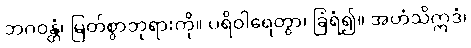
ဘဂဝန္တံ၊ မြတ်စွာဘုရားကို။ ပရိဝါရေတွာ၊ ခြံရံ၍။ အဟံသိဣဒံ၊